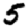
Digit: 5